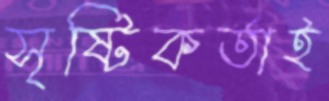
সৃষ্টিকর্তাই